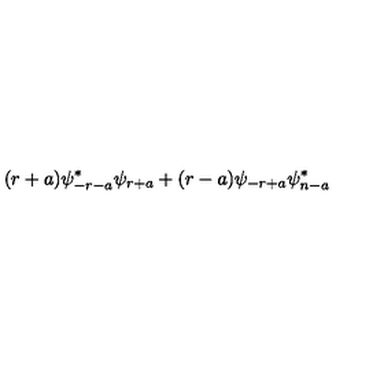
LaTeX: ( r + a ) \psi _ { - r - a } ^ { * } \psi _ { r + a } + ( r - a ) \psi _ { - r + a } \psi _ { n - a } ^ { * }